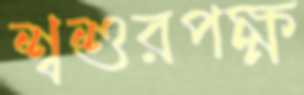
শ্বশুরপক্ষ